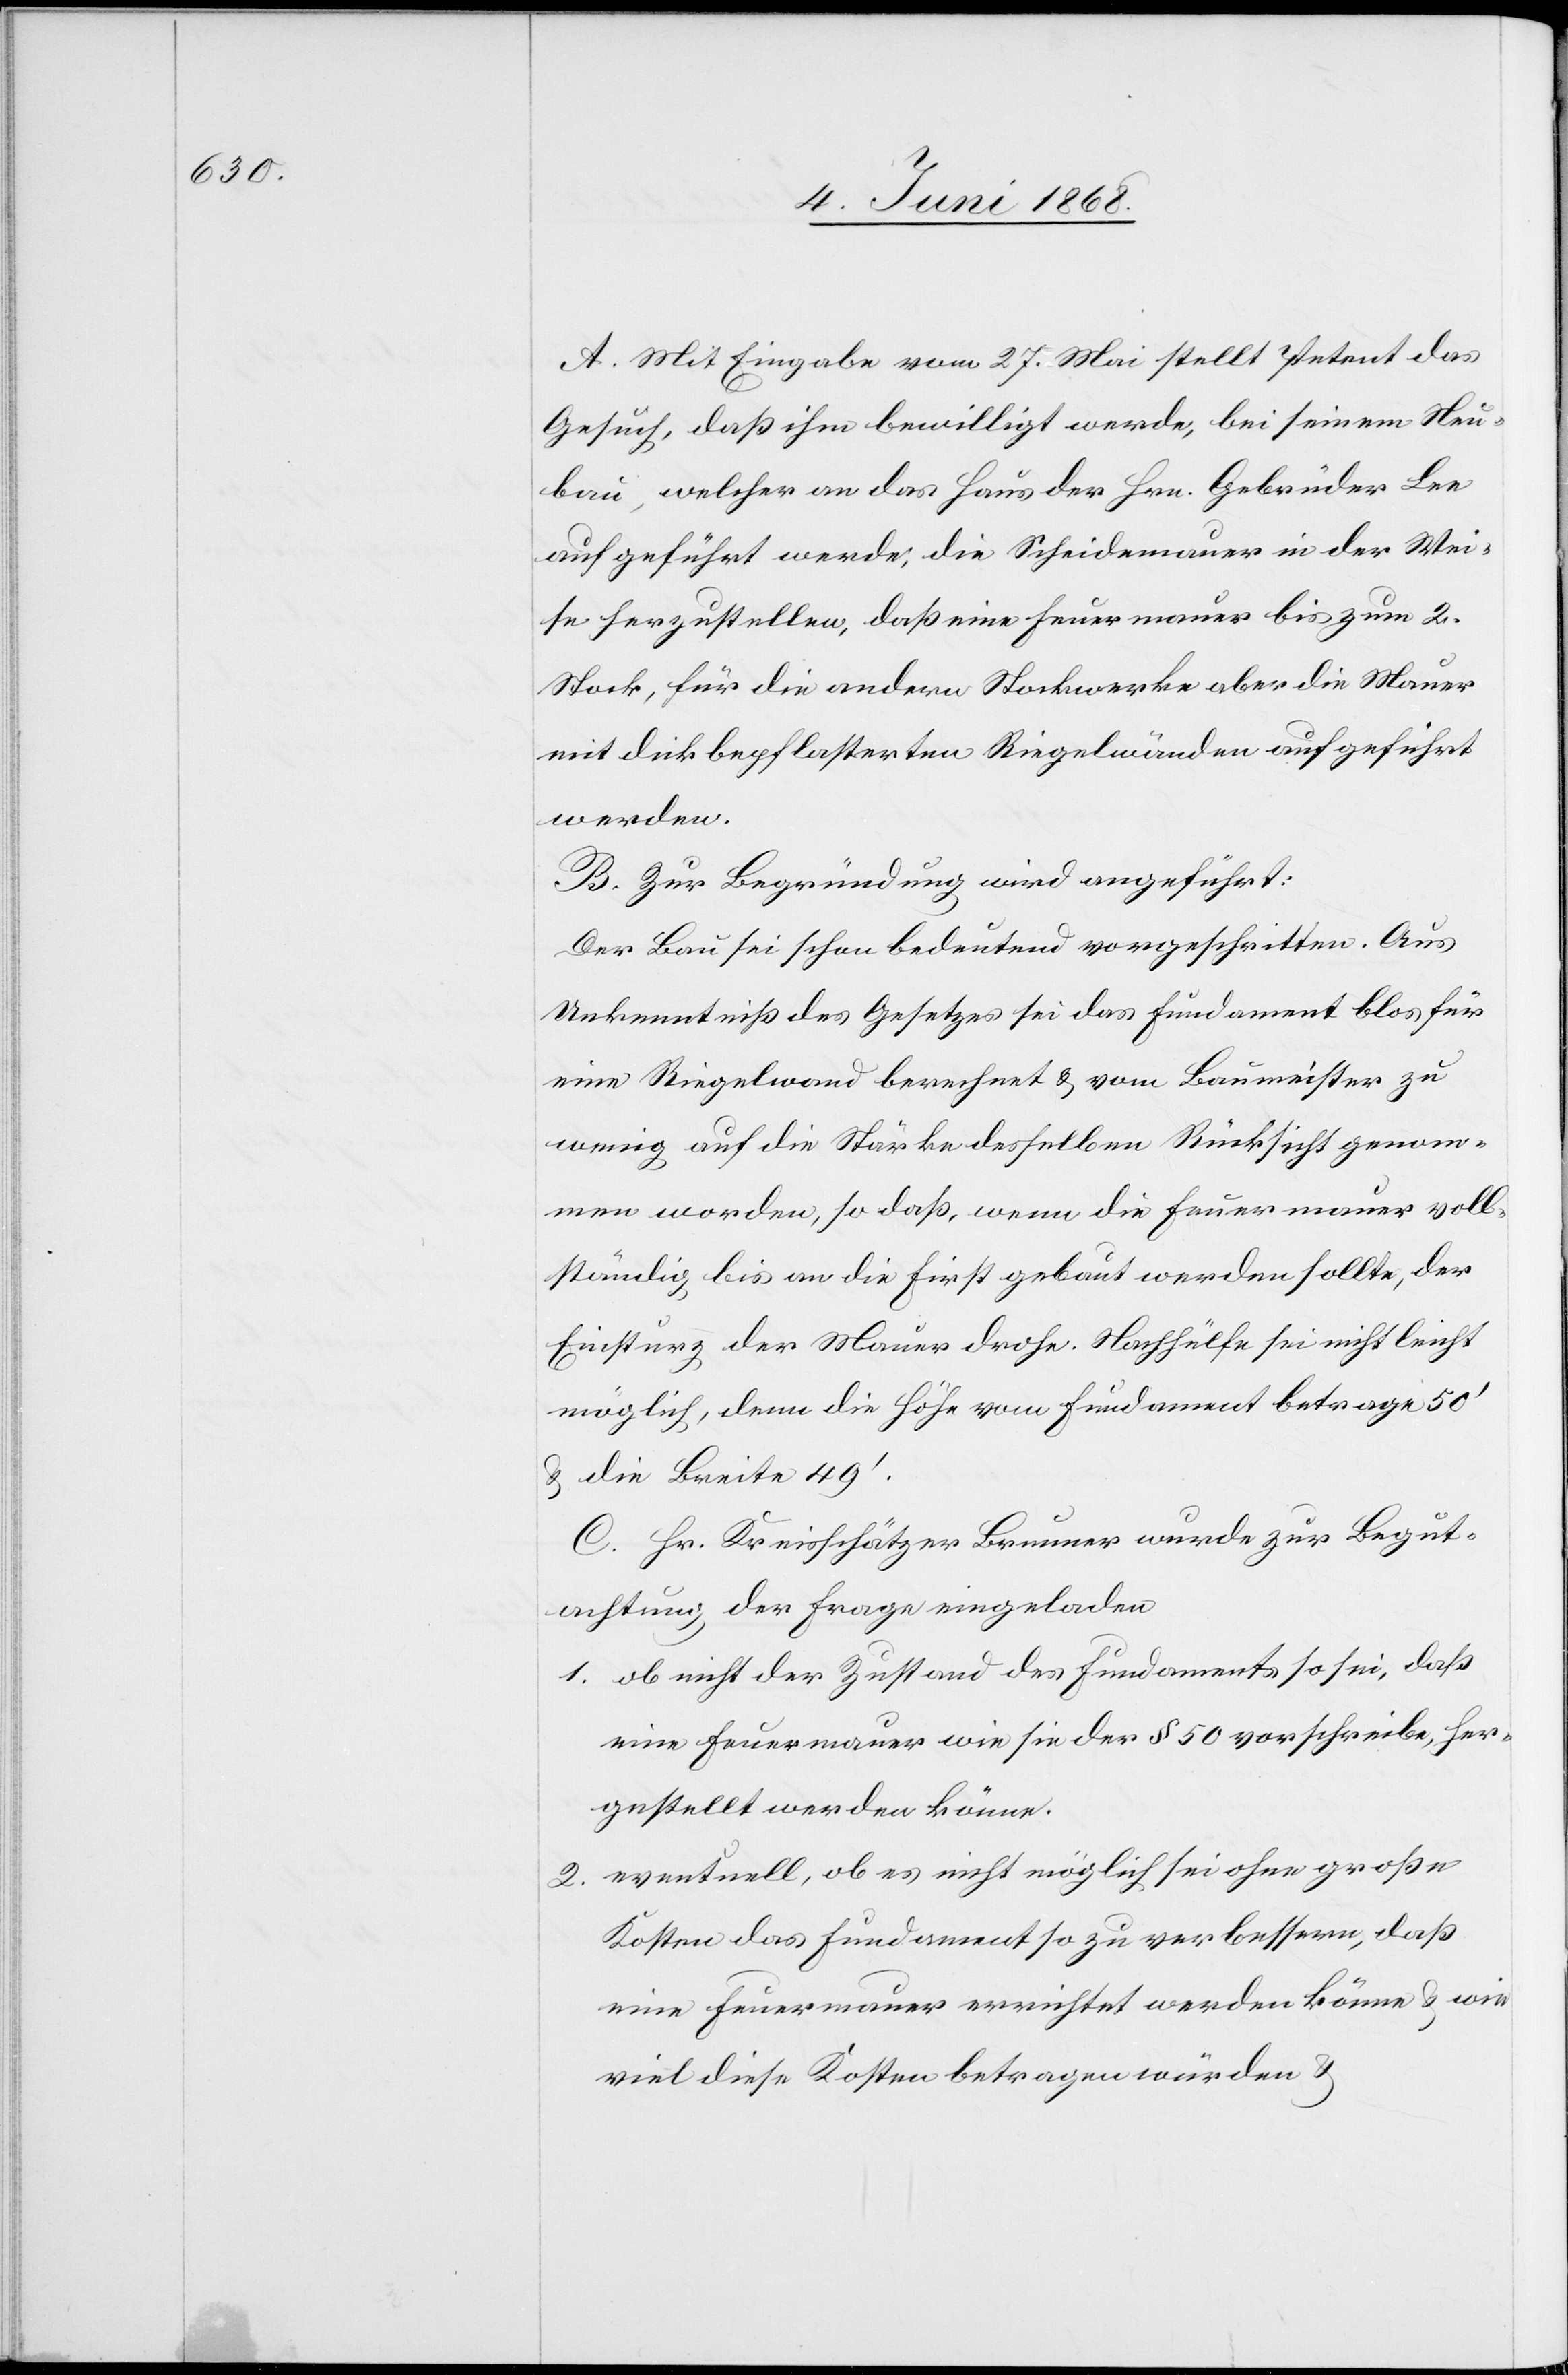
A. Mit Eingabe vom 27. Mai stellt Petent das
Gesuch, daß ihm bewilligt werde, bei seinem Neu¬
bau, welcher an das Haus der Hrn. Gebrüder Lee
aufgeführt werde, die Scheidemauer in der Wei¬
se herzustellen, daß eine Feuermauer bis zum 2.
Stock, für die andern Stockwerke aber die Mauer
mit dickbepflasterten Riegelwänden aufgeführt
werden.
B. Zur Begründung wird angeführt:
Der Bau sei schon bedeutend vorgeschritten. Aus
Unkenntniß des Gesetzes sei das Fundament blos für
eine Riegelwand berechnet & vom Baumeister zu
wenig auf die Stärke desselben Rücksicht genom¬
men worden, so daß, wenn die Feuermauer voll¬
ständig bis an die First gebaut werden sollte, der
Einsturz der Mauer drohe. Nachhülfe sei nicht leicht
möglich, denn die Höhe vom Fundament betrage 50‘
& die Breite 49‘.
C. Hr. Kreisschätzer Brunner wurde zur Begut¬
achtung der Frage eingeladen
ob nicht der Zustand des Fundaments so sei, daß
eine Feuermauer wie sie der § 50 vorschreibe, her¬
gestellt werden könne.
eventuell, ob es nicht möglich sei ohne große
Kosten das Fundament so zu verbessern, daß
eine Feuermauer errichtet werden könne & wie
viel diese Kosten betragen würden &